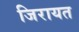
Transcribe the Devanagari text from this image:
जिरायत